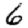
Digit: 6